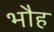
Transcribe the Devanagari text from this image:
भौह